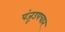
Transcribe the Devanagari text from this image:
पंजूउपचार